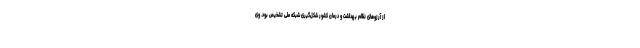
از آرزوهای نظام بهداشت و درمان کشور شکل‌گیری شبکه ملی تشخیص بود. وی